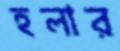
হলার